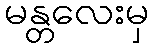
မန္တလေးမှ